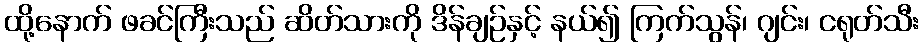
ထို့နောက် ဖခင်ကြီးသည် ဆိတ်သားကို ဒိန်ချဉ်နှင့် နယ်၍ ကြက်သွန်၊ ဂျင်း၊ ငရုတ်သီး